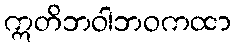
ဣတိဘဝါဘဝကထာ